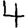
Digit: 4